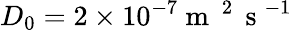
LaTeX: {{D}_{0}}=2\times{{10}^{-7}}{{\mathrm{~m~}}^{\mathrm{~2~}}}{{\mathrm{~s~}}^{-1}}